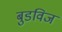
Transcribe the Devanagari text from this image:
बुडविज